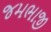
જમભાજી